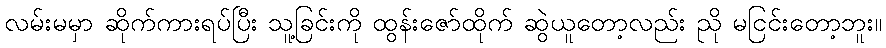
လမ်းမမှာ ဆိုက်ကားရပ်ပြီး သူ့ခြင်းကို ထွန်းဇော်ထိုက် ဆွဲယူတော့လည်း ညို မငြင်းတော့ဘူး။